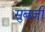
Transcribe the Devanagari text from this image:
सुबजी